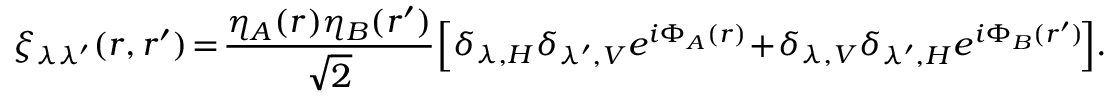
\! \! \xi _ { \lambda \lambda ^ { \prime } } ( \boldsymbol { r } , \boldsymbol { r } ^ { \prime } ) \! = \! \frac { \eta _ { A } ( \boldsymbol { r } ) \eta _ { B } ( \boldsymbol { r } ^ { \prime } ) } { \sqrt { 2 } } \! \left[ \delta _ { \lambda , H } \delta _ { \lambda ^ { \prime } , V } e ^ { i \Phi _ { A } ( \boldsymbol { r } ) } \! + \! \delta _ { \lambda , V } \delta _ { \lambda ^ { \prime } , H } e ^ { i \Phi _ { B } ( \boldsymbol { r } ^ { \prime } ) } \! \right] \! .